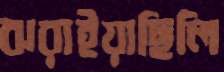
ঝরাইয়াছিলি